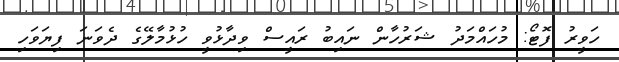
ހަވީރު ފޮޓޯ: މުހައްމަދު ޝަރުހާން ނައިބު ރަައީސް ވިދާޅުވީ ހުޅުމާލޭގެ ދެވަނަ ފިޔަވަހި